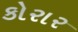
કોરાર